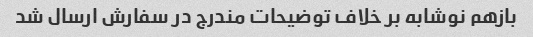
بازهم نوشابه بر خلاف توضیحات مندرج در سفارش ارسال شد